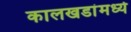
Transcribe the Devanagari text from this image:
कालखडांमध्ये